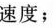
速度；